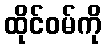
ထိုင်ဝမ်ကို